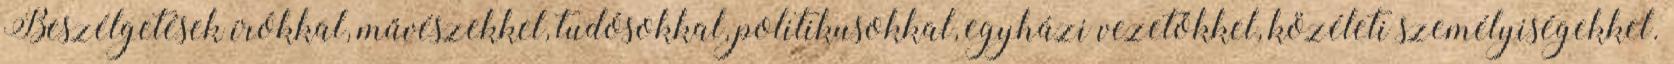
Beszélgetések írókkal, művészekkel, tudósokkal, politikusokkal, egyházi vezetőkkel, közéleti személyiségekkel.